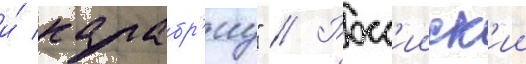
и́ калабр'иу" // Росс'ииск'ии